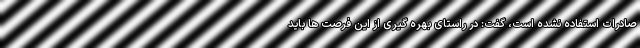
صادرات استفاده نشده است، گفت: در راستای بهره گیری از این فرصت ها باید